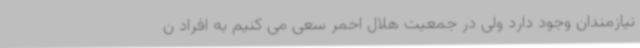
نیازمندان وجود دارد ولی در جمعیت هلال احمر سعی می کنیم به افراد ن